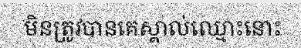
មិនត្រូវបានគេស្គាល់ឈ្មោះនោះ